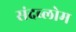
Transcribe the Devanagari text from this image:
संदब्लोम